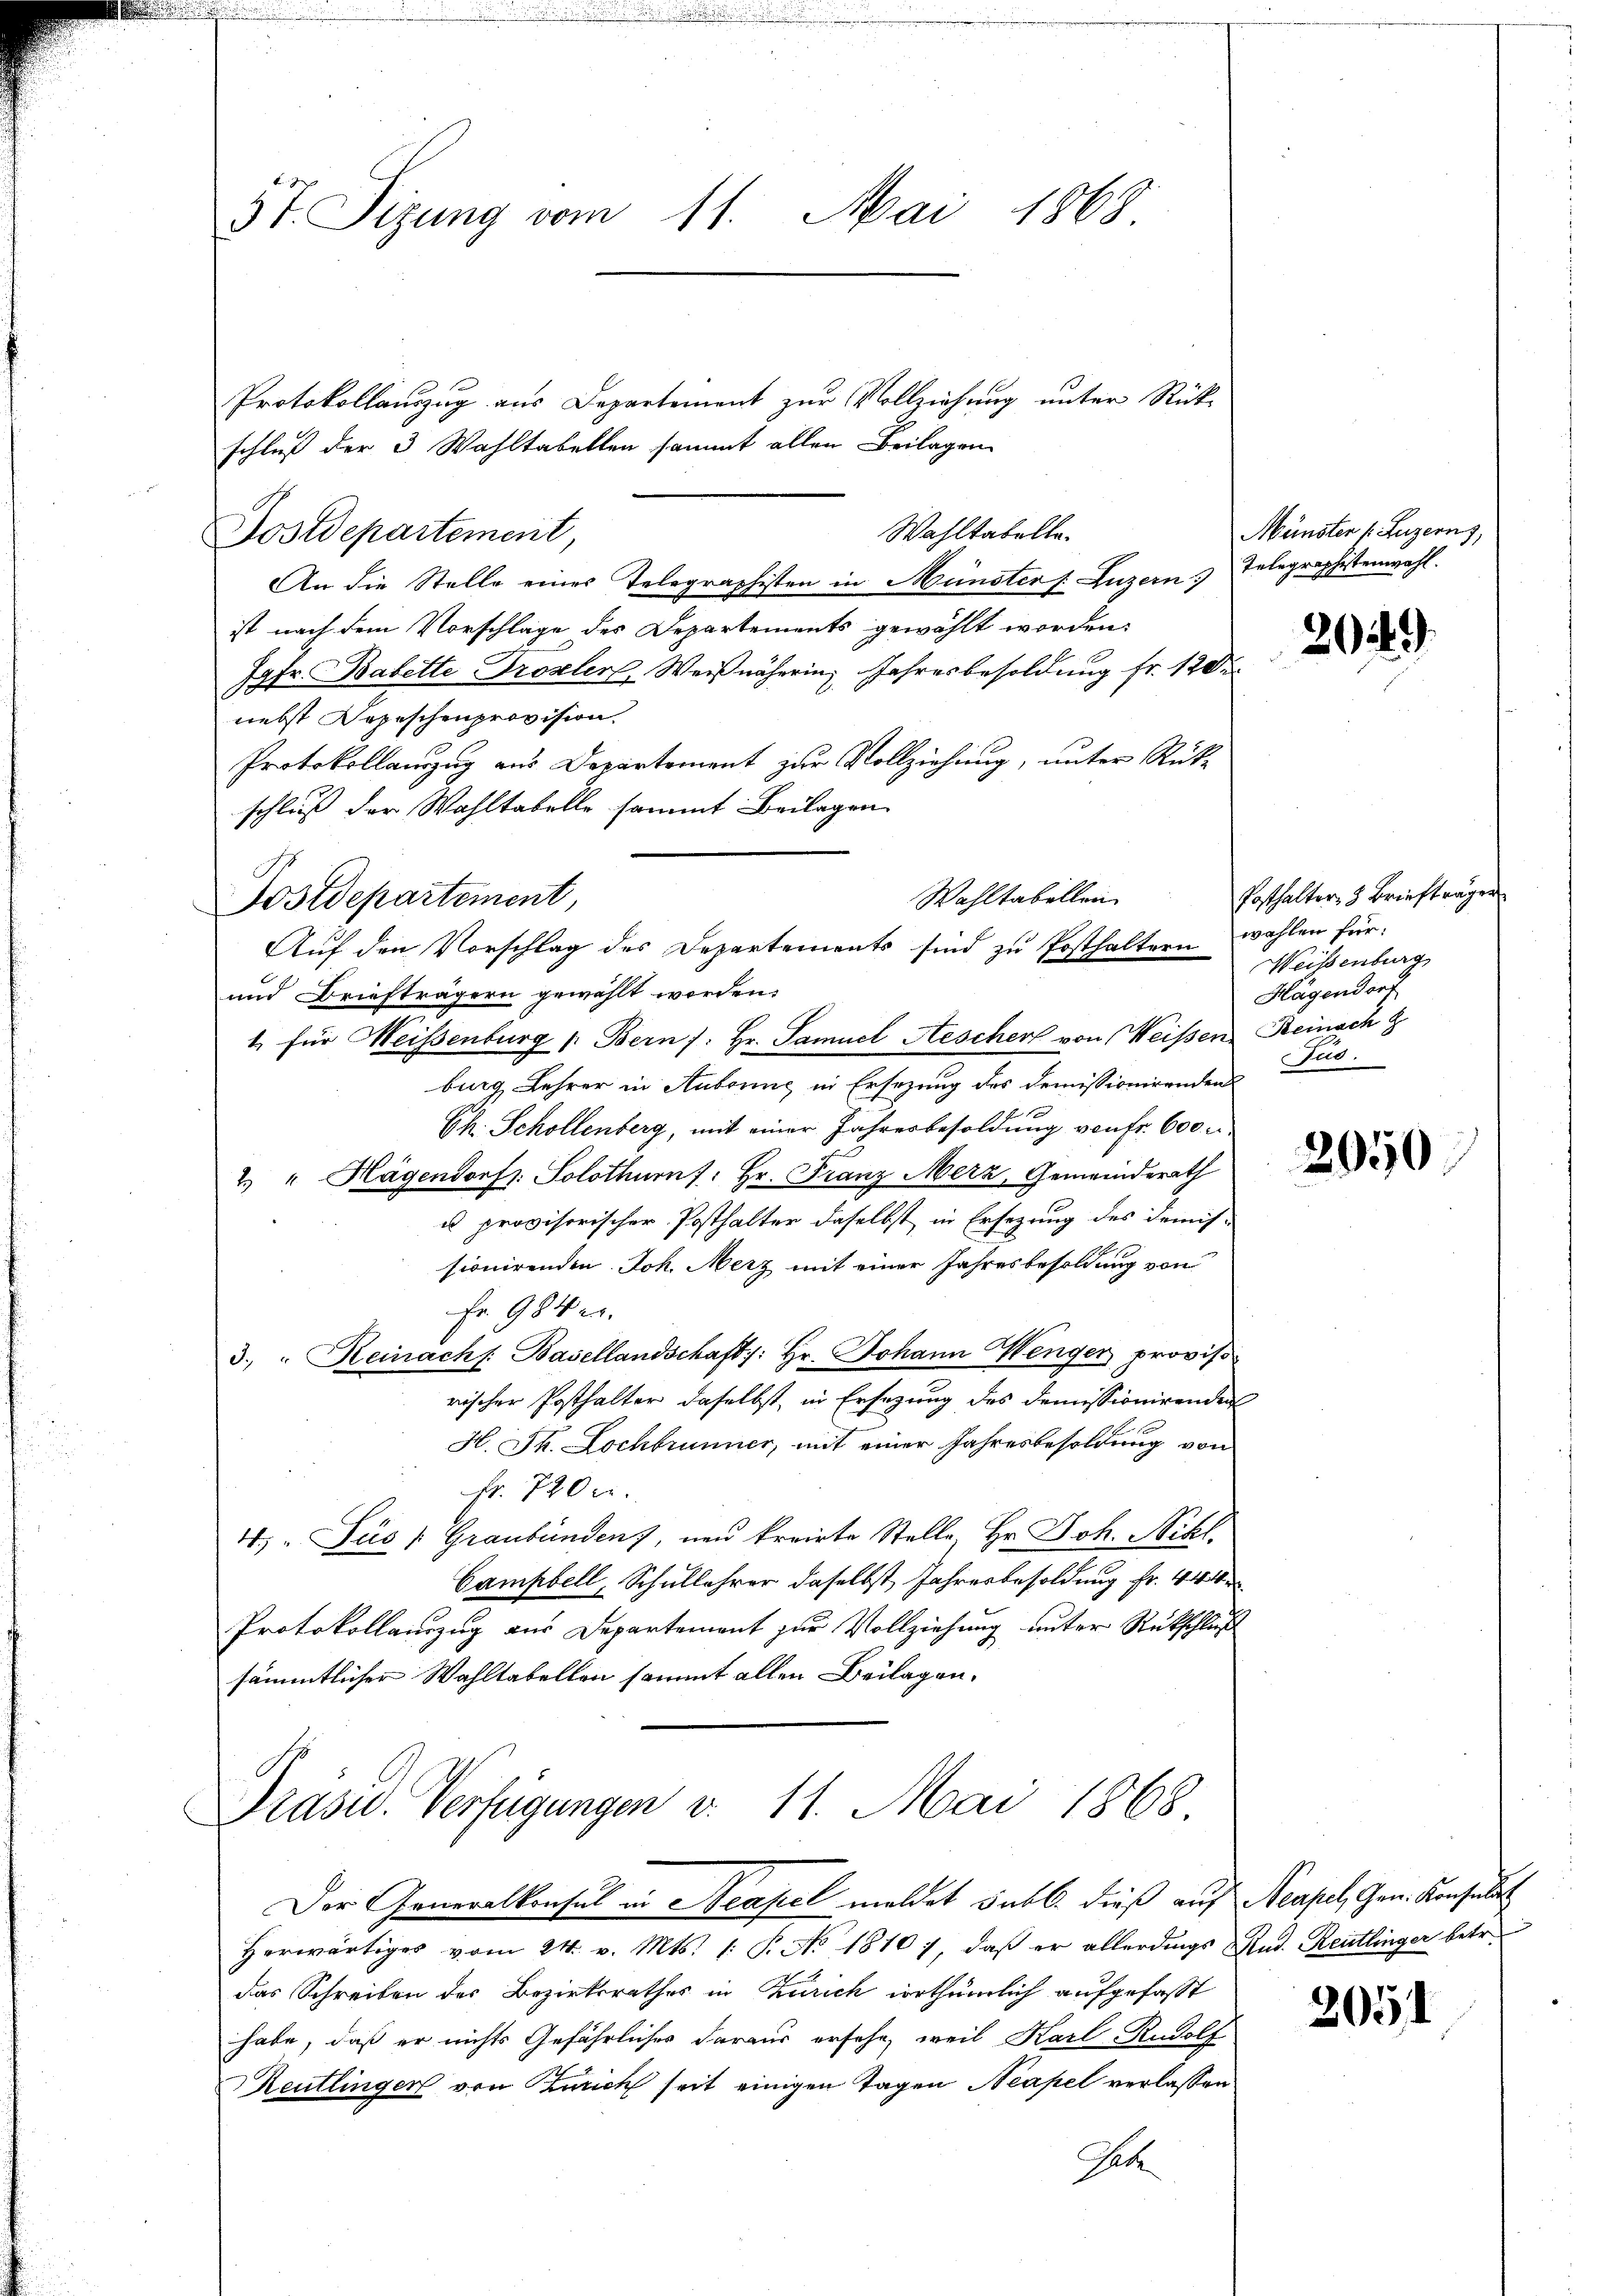
Protokollauszug aus Departement zur Vollziehung unter Rückschluß der 3 Wahltabellen sammt allen Beilagen
Wahltabelle.
Postdepartement
An die Stelle eines Telegraphisten in Münster s. Luzern Telegraphistenwahl.
ist nach dem Vorschläge des Departements gewählt worden.
Jgfr. Babette Drozler, Weiß nähering Jahresbesoldung fr. 12 der
nebst Depeschenprovision.
Protokollauszug aus Departement zur Vollziehung, unter Rück-
schluß der Wahltabelle sammt Beilagen.
Postdepartement,
und Briefträgern gewählt werden.
1. für Weisenburg /: Bern /: Hr. Samuel Aescher von Weissen Reinach
burg Lehrer in Aubonne in Ersezung des Demissionirenden Zus
Ch. Schollenberg, mit einer Jahresbesoldung von Fr. 600 u.
2) " Hagendorf. Solothurn /: Hr. Franz Merz, Gemeinderath
u provisorischer Posthalter daselbst in Ersezung des Demis-
sionirenden Joh. Merz mit einer Jahresbesoldung von
Fr. 984.
3. " Reinachs: Basellandschaft: Hr. Johann enger proviso
rischer Posthalter daselbst, in Ersetzung des Demissionirenden
H. Jk. Lochbrunner, mit einer Jahresbesoldung von
Fr. 7200.
4. " Pics (Graubünden, und kreirte Stelle Hr. Joh. Nikl.
Campbell, Schullehrer daselbst, Jahresbesoldung Fr. 444
Protokollauszug aus Departement zur Vollziehung unter Rückschluß
sämmtlicher Wahltabellen sammt allen Beilagen.

5t. Sizung vom 11. Mai 1868

Wahltabellen
Auf den Vorschlag des Departements sind zu Posthaltern

Präsid. Verfügungen v. 11. Mai 1868

Der Generalkonsul in Neapel meldet sub b. dieß auf Neapel, Gen. Konsula
herwärtiges vom 24. v. Mts. 1. P. No. 18107, daβ er allerdings Rud. Reutlinger betr.
das Schreiben der Bezirksrathes in Zürich irrthümlich aufgefaßt
habe, daß er nichts Gefährliches daraus ersehe, weil Karl Rudolf
Reutlinger von Zürich seit einigen Tagen Neapel verlassen
Gebe

Münster (Luzern,

2049

Posthalter 3 Briefträgen
wahlen für:
Weisenburg
Hagendorf

2050

205